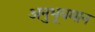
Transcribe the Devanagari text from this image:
अनुभूयमान